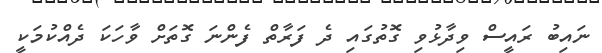
ނައިބު ރައީސް ވިދާޅުވި ގޮތުގައި ދެ ފަރާތް ފެންނަ ގޮތަށް ވާހަކަ ދެއްކުމަކީ